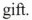
gift.